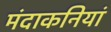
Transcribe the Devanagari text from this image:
मंदाकनियां